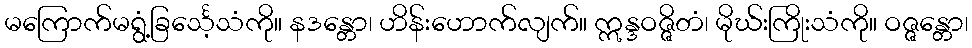
မကြောက်မရွံ့ခြင်္သေ့သံကို။ နဒန္တော၊ ဟိန်းဟောက်လျက်။ ဣန္ဒဝဇ္ဇိတံ၊ မိုဃ်းကြိုးသံကို။ ဝဇ္ဇန္တော၊